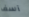
آسف